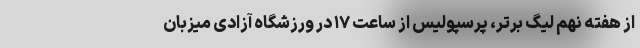
از هفته نهم لیگ برتر، پرسپولیس از ساعت ۱۷ در ورزشگاه آزادی میزبان